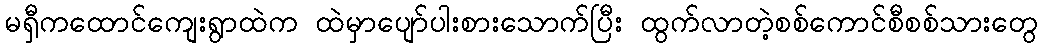
မရှီကထောင်ကျေးရွာထဲက ထဲမှာပျော်ပါးစားသောက်ပြီး ထွက်လာတဲ့စစ်ကောင်စီစစ်သားတွေ